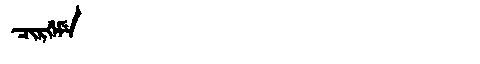
Manchu: ᠴᡳᡵᡤᡝᠮᡝ
Romanization: CIRGEME